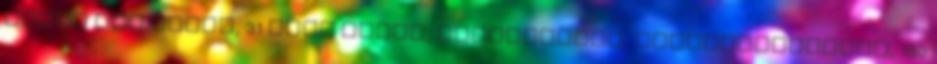
Gergő Vas megye, 31 éves férfi, Szombathely, heteroszexuális, 180